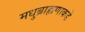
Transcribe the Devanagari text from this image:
मधुब्राह्मणाकडे